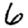
Digit: 6